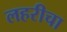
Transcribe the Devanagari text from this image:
लहरीचा